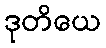
ဒုတိယေ